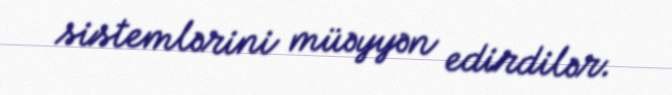
sistemlərini müəyyən edirdilər.